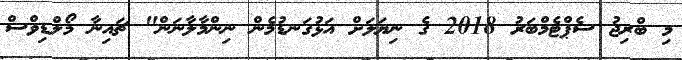
މި ބްރިޖު ސެޕްޓެމްބަރު 2018 ގެ ނިޔަލަށް އަޅުގަނޑުމެން ނިންމާލާނަން" ޗައިނާ މޯލްޑިވްސް